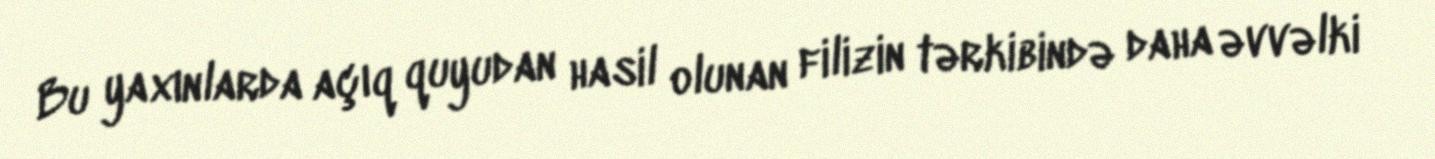
Bu yaxınlarda açıq quyudan hasil olunan filizin tərkibində daha əvvəlki